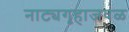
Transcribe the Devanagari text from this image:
नाट्यगृहाजवळ